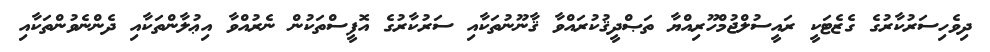
ދިވެހިސަރުކާރުގެ ގެޒެޓަކީ ރައީސުލްޖުމްހޫރިއްޔާ ތަޞްދީޤުކުރައްވާ ޤާނޫނުތަކާއި ސަރުކާރުގެ އޮފީސްތަކުން ނެރުއްވާ އިޢުލާންތަކާއި ދެންނެވުންތަކާއި